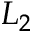
L _ { 2 }